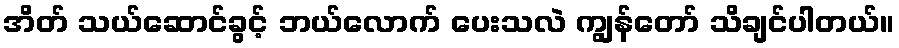
အိတ် သယ်ဆောင်ခွင့် ဘယ်လောက် ပေးသလဲ ကျွန်တော် သိချင်ပါတယ်။